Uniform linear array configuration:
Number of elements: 12
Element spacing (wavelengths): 0.5
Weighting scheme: binomial
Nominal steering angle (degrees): -30
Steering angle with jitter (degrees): -30.839
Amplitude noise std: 0.05
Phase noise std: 0.05

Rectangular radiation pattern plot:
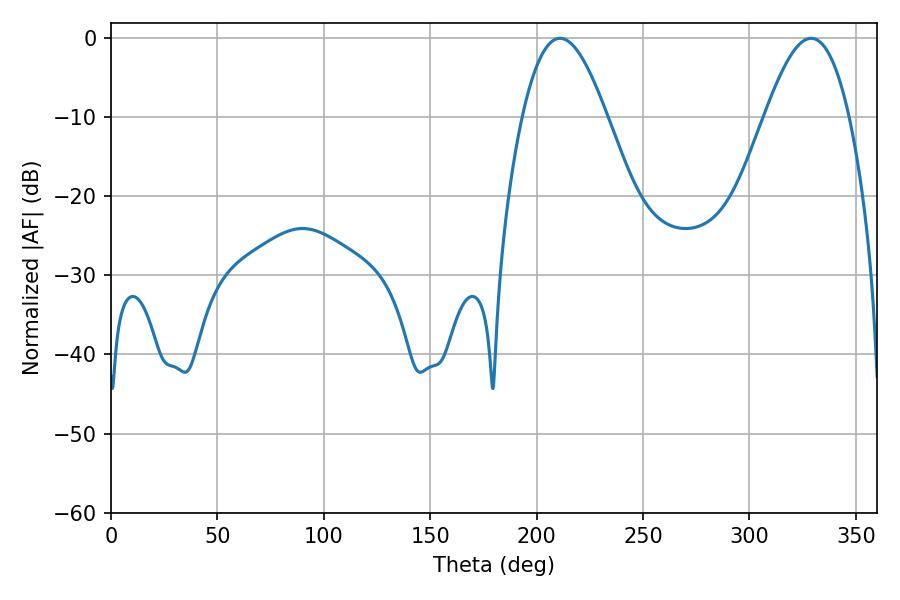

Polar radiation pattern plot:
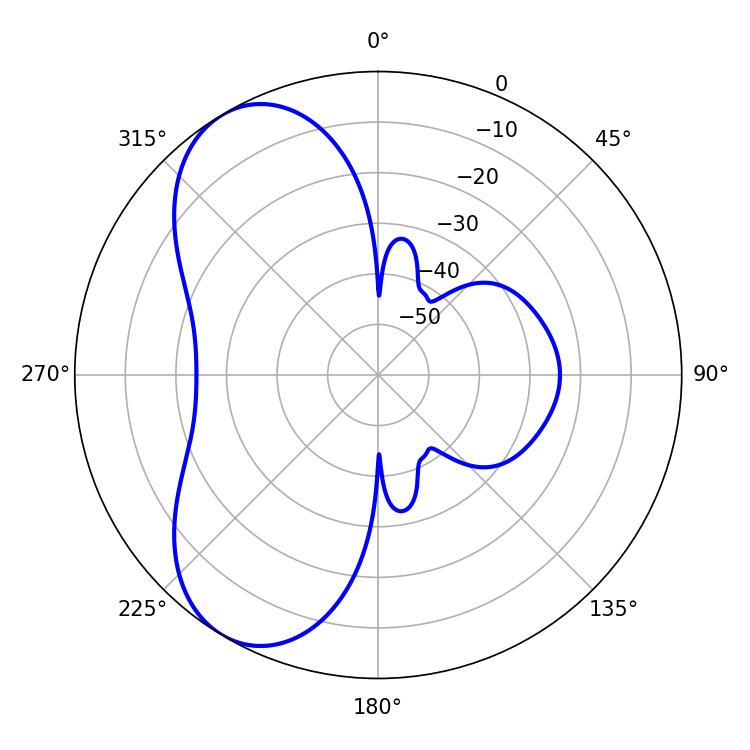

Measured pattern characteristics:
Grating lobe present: FALSE
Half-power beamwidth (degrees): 21.42
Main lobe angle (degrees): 329.04